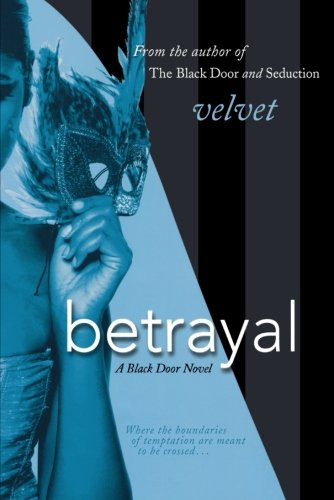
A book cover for Betrayal: A Black Door Novel (Black Door Series); Velvet; Romance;